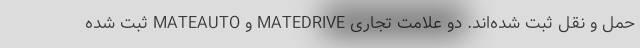
حمل و نقل ثبت شده‌اند. دو علامت تجاری MATEDRIVE و MATEAUTO ثبت شده